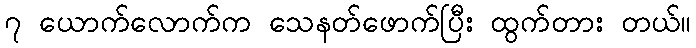
၇ ယောက်လောက်က သေနတ်ဖောက်ပြီး ထွက်တား တယ်။